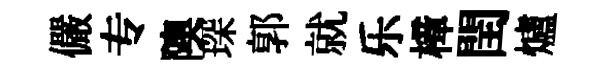
儼专隩琛郭就乐樟閏爐